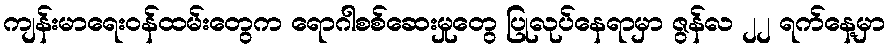
ကျန်းမာရေးဝန်ထမ်းတွေက ရောဂါစစ်ဆေးမှုတွေ ပြုလုပ်နေရာမှာ ဇွန်လ ၂၂ ရက်နေ့မှာ